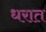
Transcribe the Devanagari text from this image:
धरात